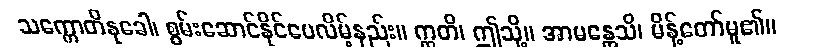
သက္ကောတိနုခေါ၊ စွမ်းဆောင်နိုင်ပေလိမ့်နည်း။ ဣတိ၊ ဤသို့။ အာမန္တေသိ၊ မိန့်တော်မူ၏။